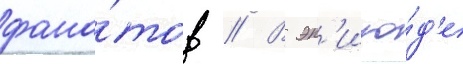
фана́тов // В эп'изо́д'е